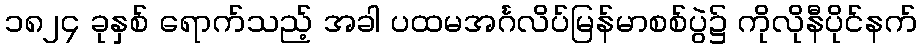
၁၈၂၄ ခုနှစ် ရောက်သည့် အခါ ပထမအင်္ဂလိပ်မြန်မာစစ်ပွဲ၌ ကိုလိုနီပိုင်နက်